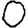
Digit: 0